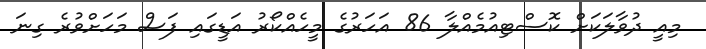
މިއީ ދުވާލަކަށް ކޮސްޓިއުމެއްލާ 86 އަހަރުގެ މީހެއްކޯރު އަޑީގައި ފަސް މަހަށްވުރެ ގިނަ